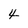
Character: 4